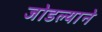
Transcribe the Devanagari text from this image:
जोडल्याने